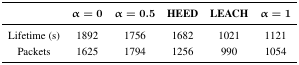
|  | α= 0 | α= 0.5 | HEED | LEACH | α= 1 |
 | --- | --- | --- | --- | --- | --- |
 | Lifetime (s) | 1892 | 1756 | 1682 | 1021 | 1121 |
 | Packets | 1625 | 1794 | 1256 | 990 | 1054 |